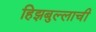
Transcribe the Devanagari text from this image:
हिझबुल्लाची